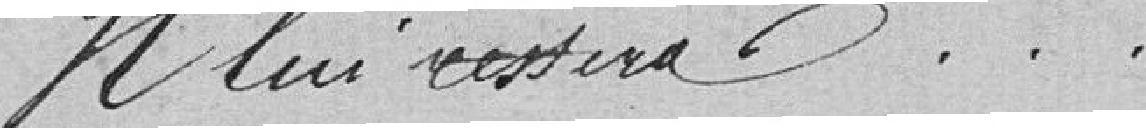
Il lui restera